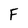
Character: F